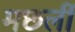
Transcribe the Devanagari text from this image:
मछलीं